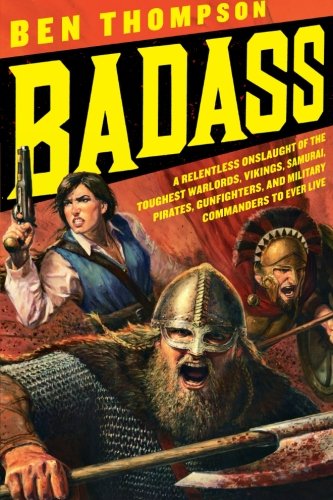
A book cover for Badass: A Relentless Onslaught of the Toughest Warlords, Vikings, Samurai, Pirates, Gunfighters, and Military Commanders to Ever Live (Badass Series); Ben Thompson; Biographies & Memoirs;